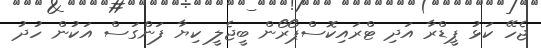
ޖެހޭ ކަޅު ޕީޑްރާ އަދި ޓްރައިކޮސްޕޯރޯން ބީޖެލީ ކިޔާ ފަންގަސް އަކުން ހުދު